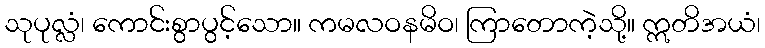
သုပုလ္လံ၊ ကောင်းစွာပွင့်သော။ ကမလဝနမိဝ၊ ကြာတောကဲ့သို့။ ဣတိအယံ၊